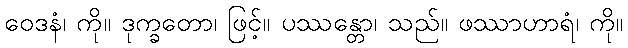
ဝေဒနံ၊ ကို။ ဒုက္ခတော၊ ဖြင့်။ ပဿန္တော၊ သည်။ ဖဿာဟာရံ၊ ကို။